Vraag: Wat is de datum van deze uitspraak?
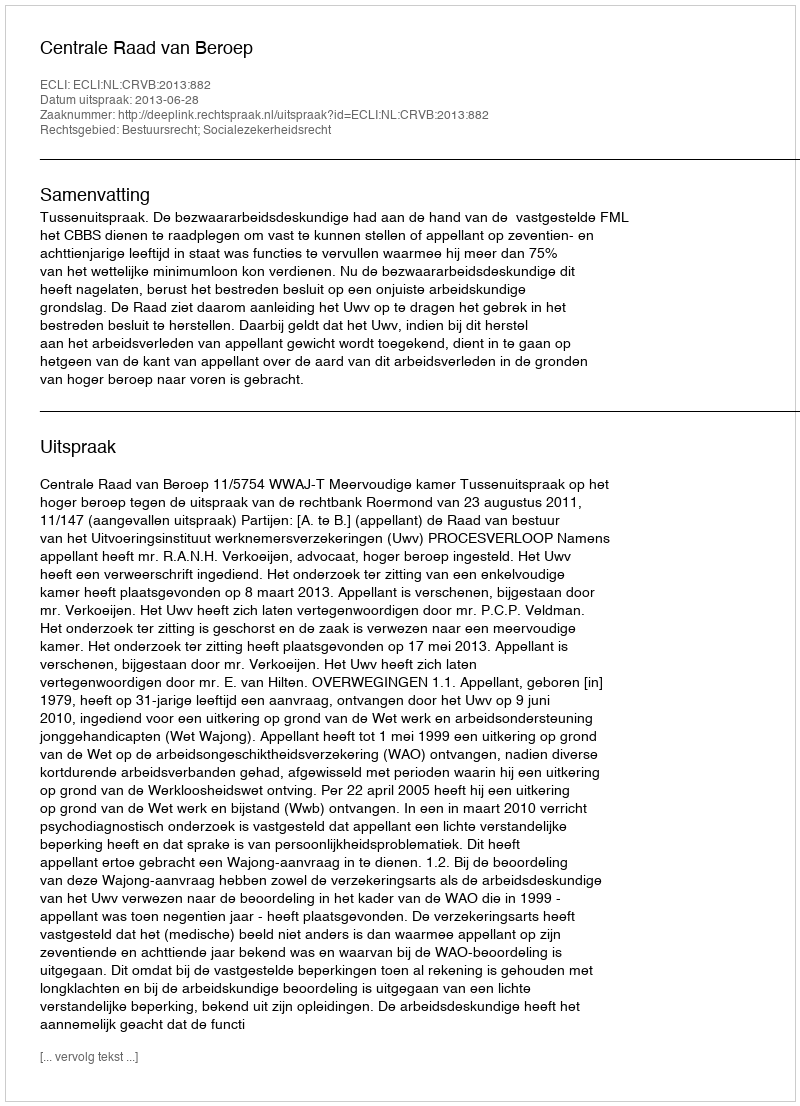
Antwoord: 2013-06-28